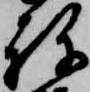
祢